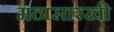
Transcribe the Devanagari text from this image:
मठासारखी